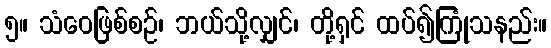
၅။ သံဝေဖြစ်စဉ်၊ ဘယ်သို့လျှင်၊ တို့ရှင် ထပ်၍ကြုံသနည်း။